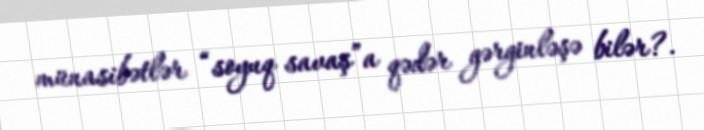
münasibətlər “soyuq savaş”a qədər gərginləşə bilər?.